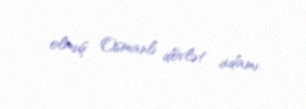
olmuş Osmanlı dövlət adamı.